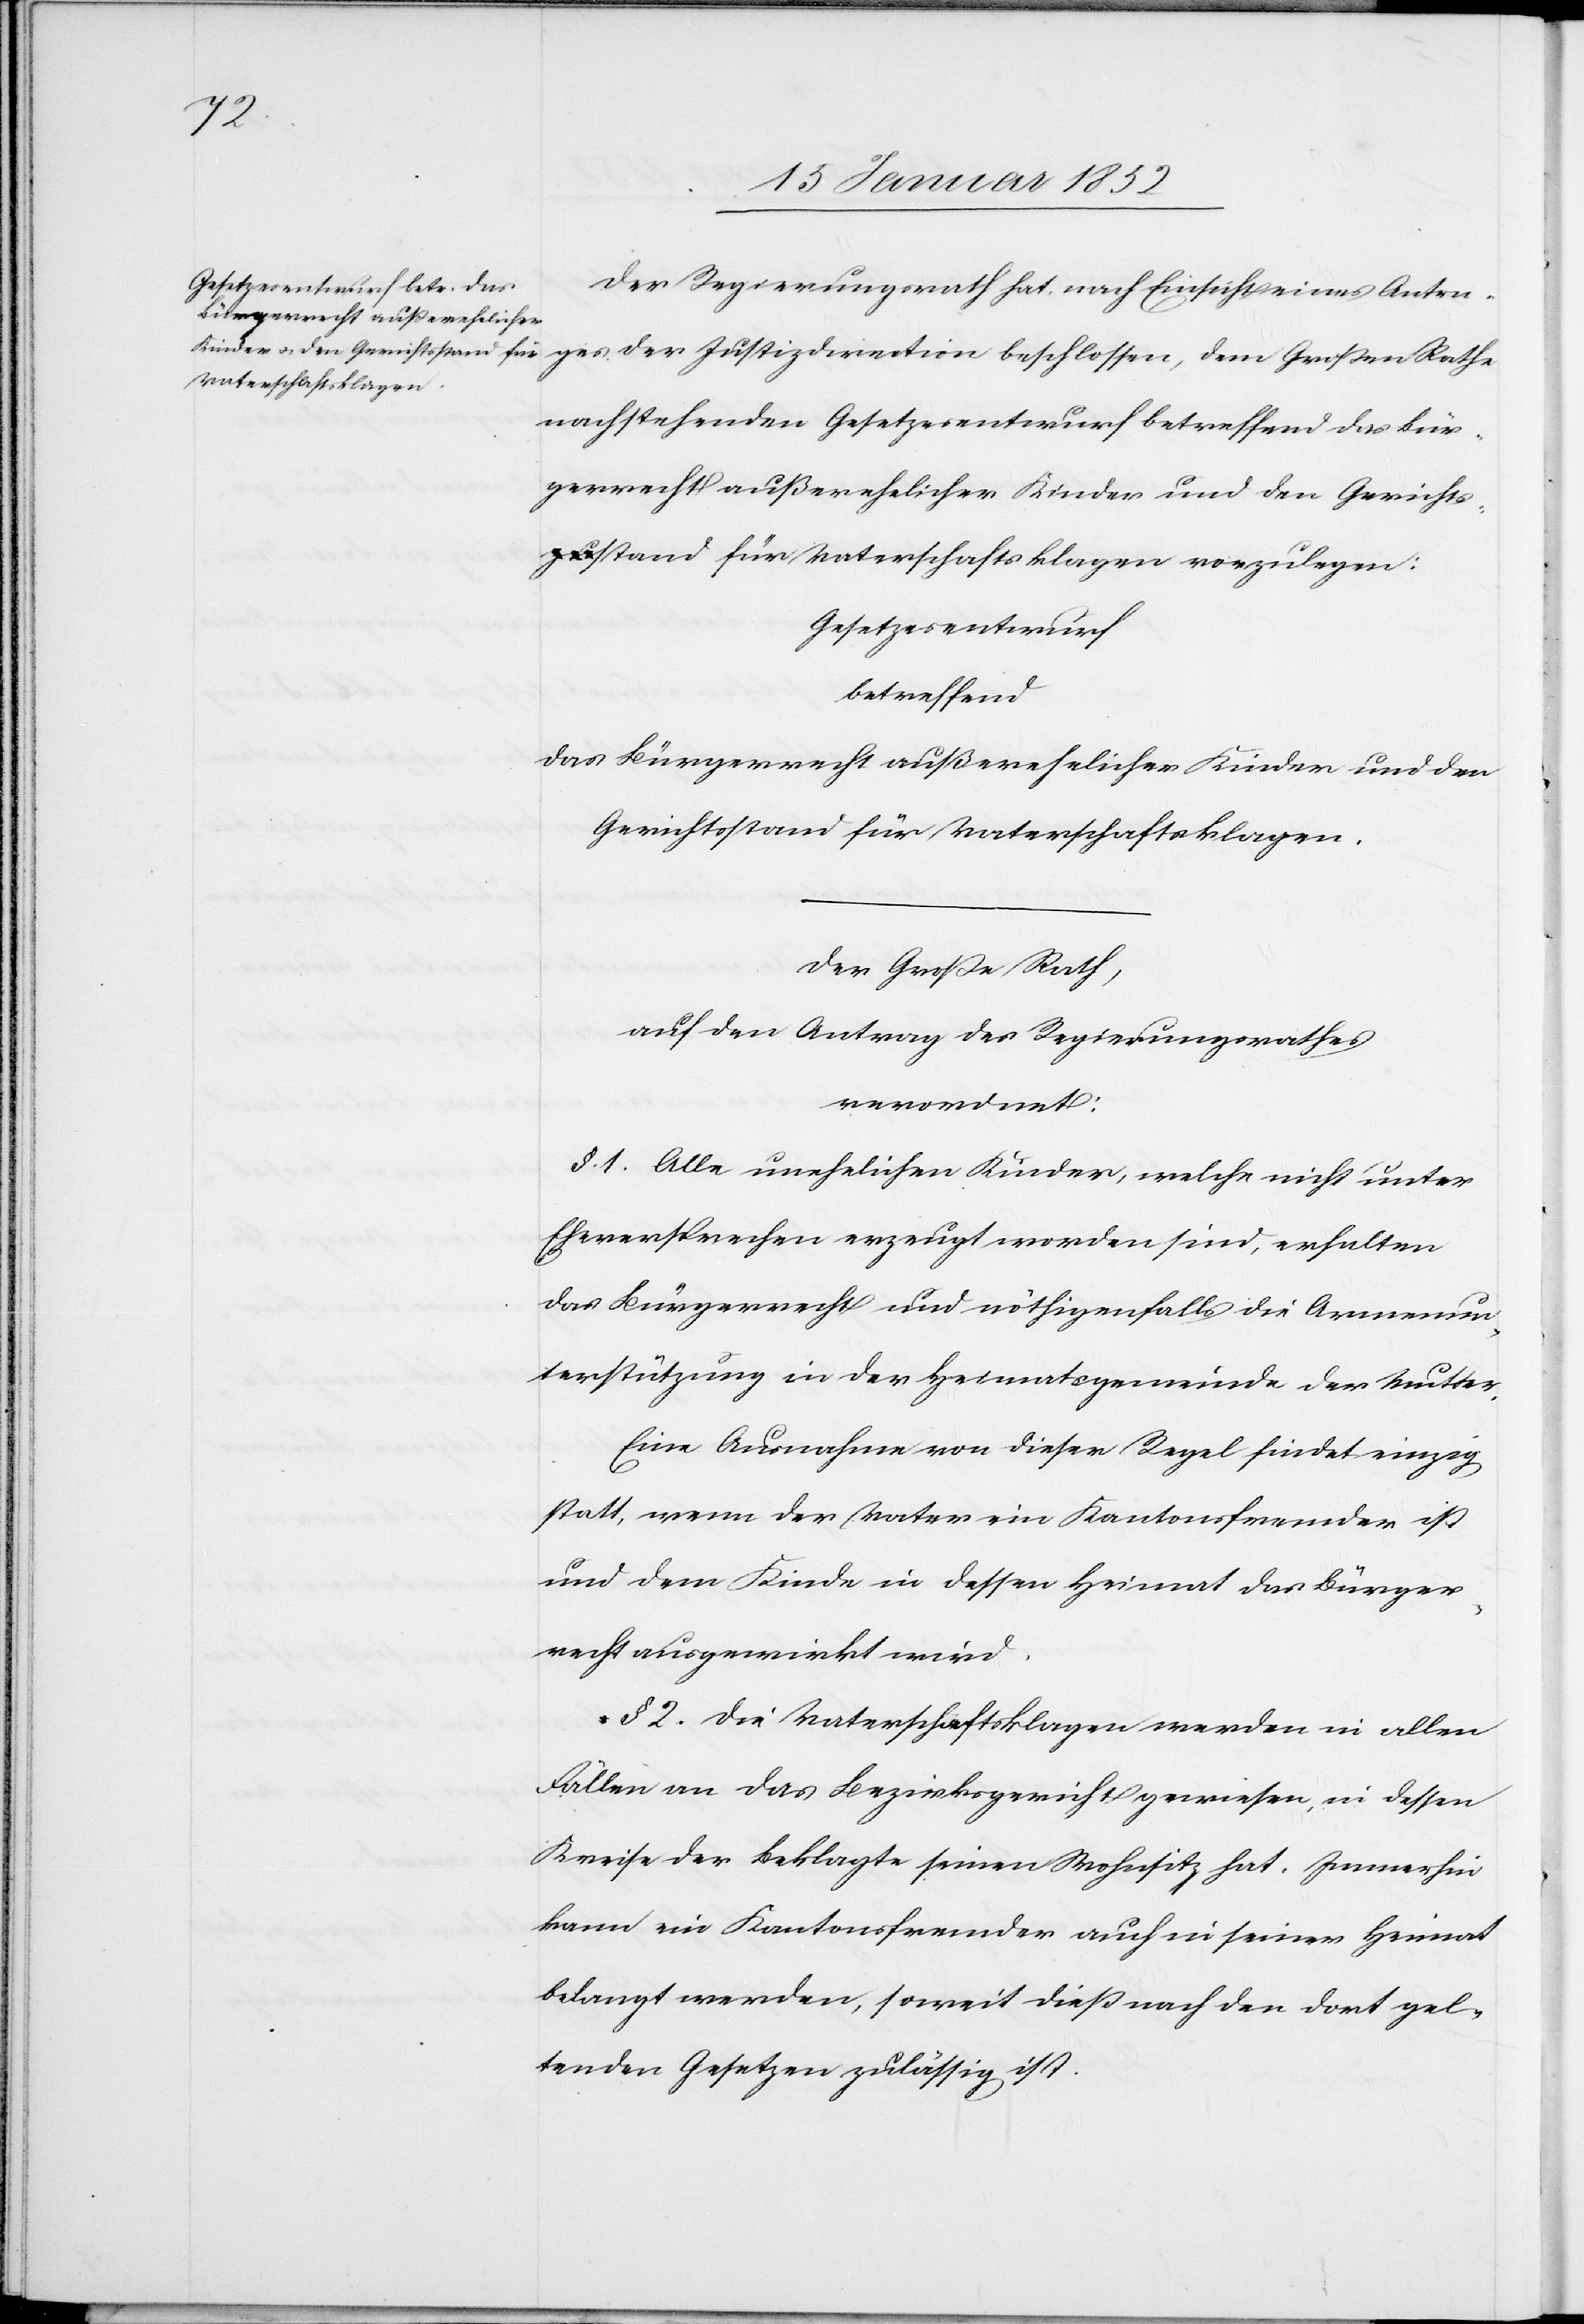
Der Regierungsrath hat nach Einsicht eines Antra¬
ges der Justizdirection beschlossen, dem Großen Rathe
nachstehenden Gesetzesentwurf betreffend das Bür¬
gerrecht außerehelicher Kinder und den Gerichts¬
stand für Vaterschaftsklagen vorzulegen:
Gesetzesentwurf
betreffend
das Bürgerrecht außerehelicher Kinder und den
Gerichtsstand für Vaterschaftsklagen.
Der Große Rath,
auf den Antrag des Regierungsrathes,
verordnet:
§. 1. Alle unehelichen Kinder, welche nicht unter
Eheversprechen erzeugt worden sind, erhalten
das Bürgerrecht und nöthigenfalls die Armenun¬
terstützung in der Heimatsgemeinde der Mutter.
Eine Ausnahme von dieser Regel findet einzig
statt, wenn der Vater ein Kantonsfremder ist
und dem Kinde in dessen Heimat das Bürger¬
recht ausgewirkt wird.
§ 2. Die Vaterschaftsklagen werden in allen
Fällen an das Bezirksgericht gewiesen, in dessen
Kreise der Beklagte seinen Wohnsitz hat. Immerhin
kann ein Kantonsfremder auch in seiner Heimat
belangt werden, soweit dieß nach den dort gel¬
tenden Gesetzen zulässig ist.